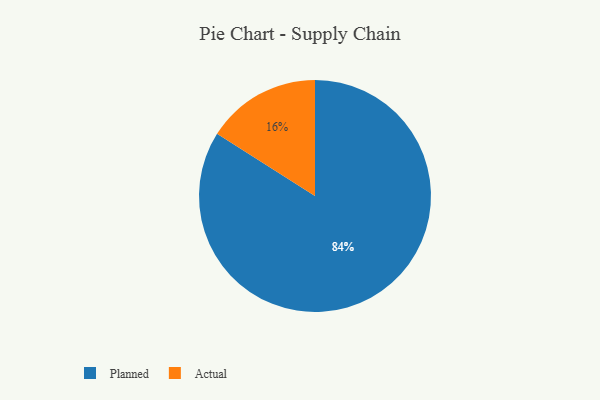
{"axis": {"x": "Category", "y": "Percentage"}, "legend": ["Actual", "Planned"], "data": [{"x": "Actual", "y": 16, "type": "Actual"}, {"x": "Planned", "y": 84, "type": "Planned"}]}